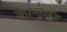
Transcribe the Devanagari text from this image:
कान्ट्रैक्ट